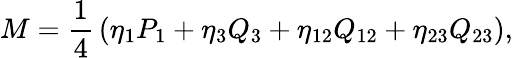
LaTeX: M={\frac{1}{4}}\left(\eta_{1}P_{1}+\eta_{3}Q_{3}+\eta_{12}Q_{12}+\eta_{23}Q_{23}\right),